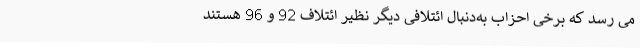
می رسد که برخی احزاب به‌دنبال ائتلافی دیگر نظیر ائتلاف 92 و 96 هستند